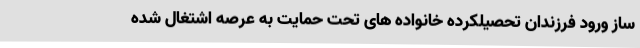
ساز ورود فرزندان تحصیلکرده خانواده های تحت حمایت به عرصه اشتغال شده